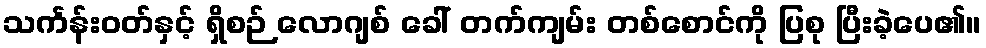
သင်္ကန်းဝတ်နှင့် ရှိစဉ် လောဂျစ် ခေါ် တက်ကျမ်း တစ်စောင်ကို ပြစု ပြီးခဲ့ပေ၏။